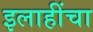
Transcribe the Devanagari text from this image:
इलाहींचा